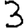
Digit: 3